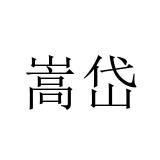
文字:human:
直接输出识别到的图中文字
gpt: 嵩岱